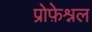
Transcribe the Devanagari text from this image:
प्रोफ़ेश्नल